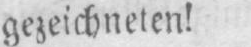
gezeichneten!